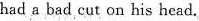
had a bad cut on his head.